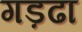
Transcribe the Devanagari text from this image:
गड़ढा